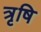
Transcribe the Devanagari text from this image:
त्रृषि